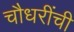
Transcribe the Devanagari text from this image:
चौधरींची